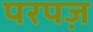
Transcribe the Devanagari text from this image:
परपज़